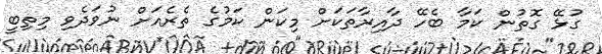
ގުޅޭ ގޮތުން ކަމާ ބެހޭ ދާއިރާތަކަށް މިކަން ކަމުގެ ތެރެއަށް ނުވަދެވި މިތިބީ